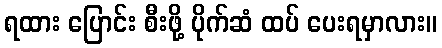
ရထား ပြောင်း စီးဖို့ ပိုက်ဆံ ထပ် ပေးရမှာလား။